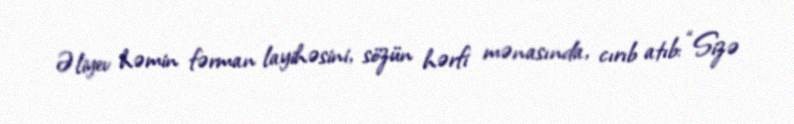
Əliyev həmin fərman layihəsini, sözün hərfi mənasında, cırıb atıb: “Sizə